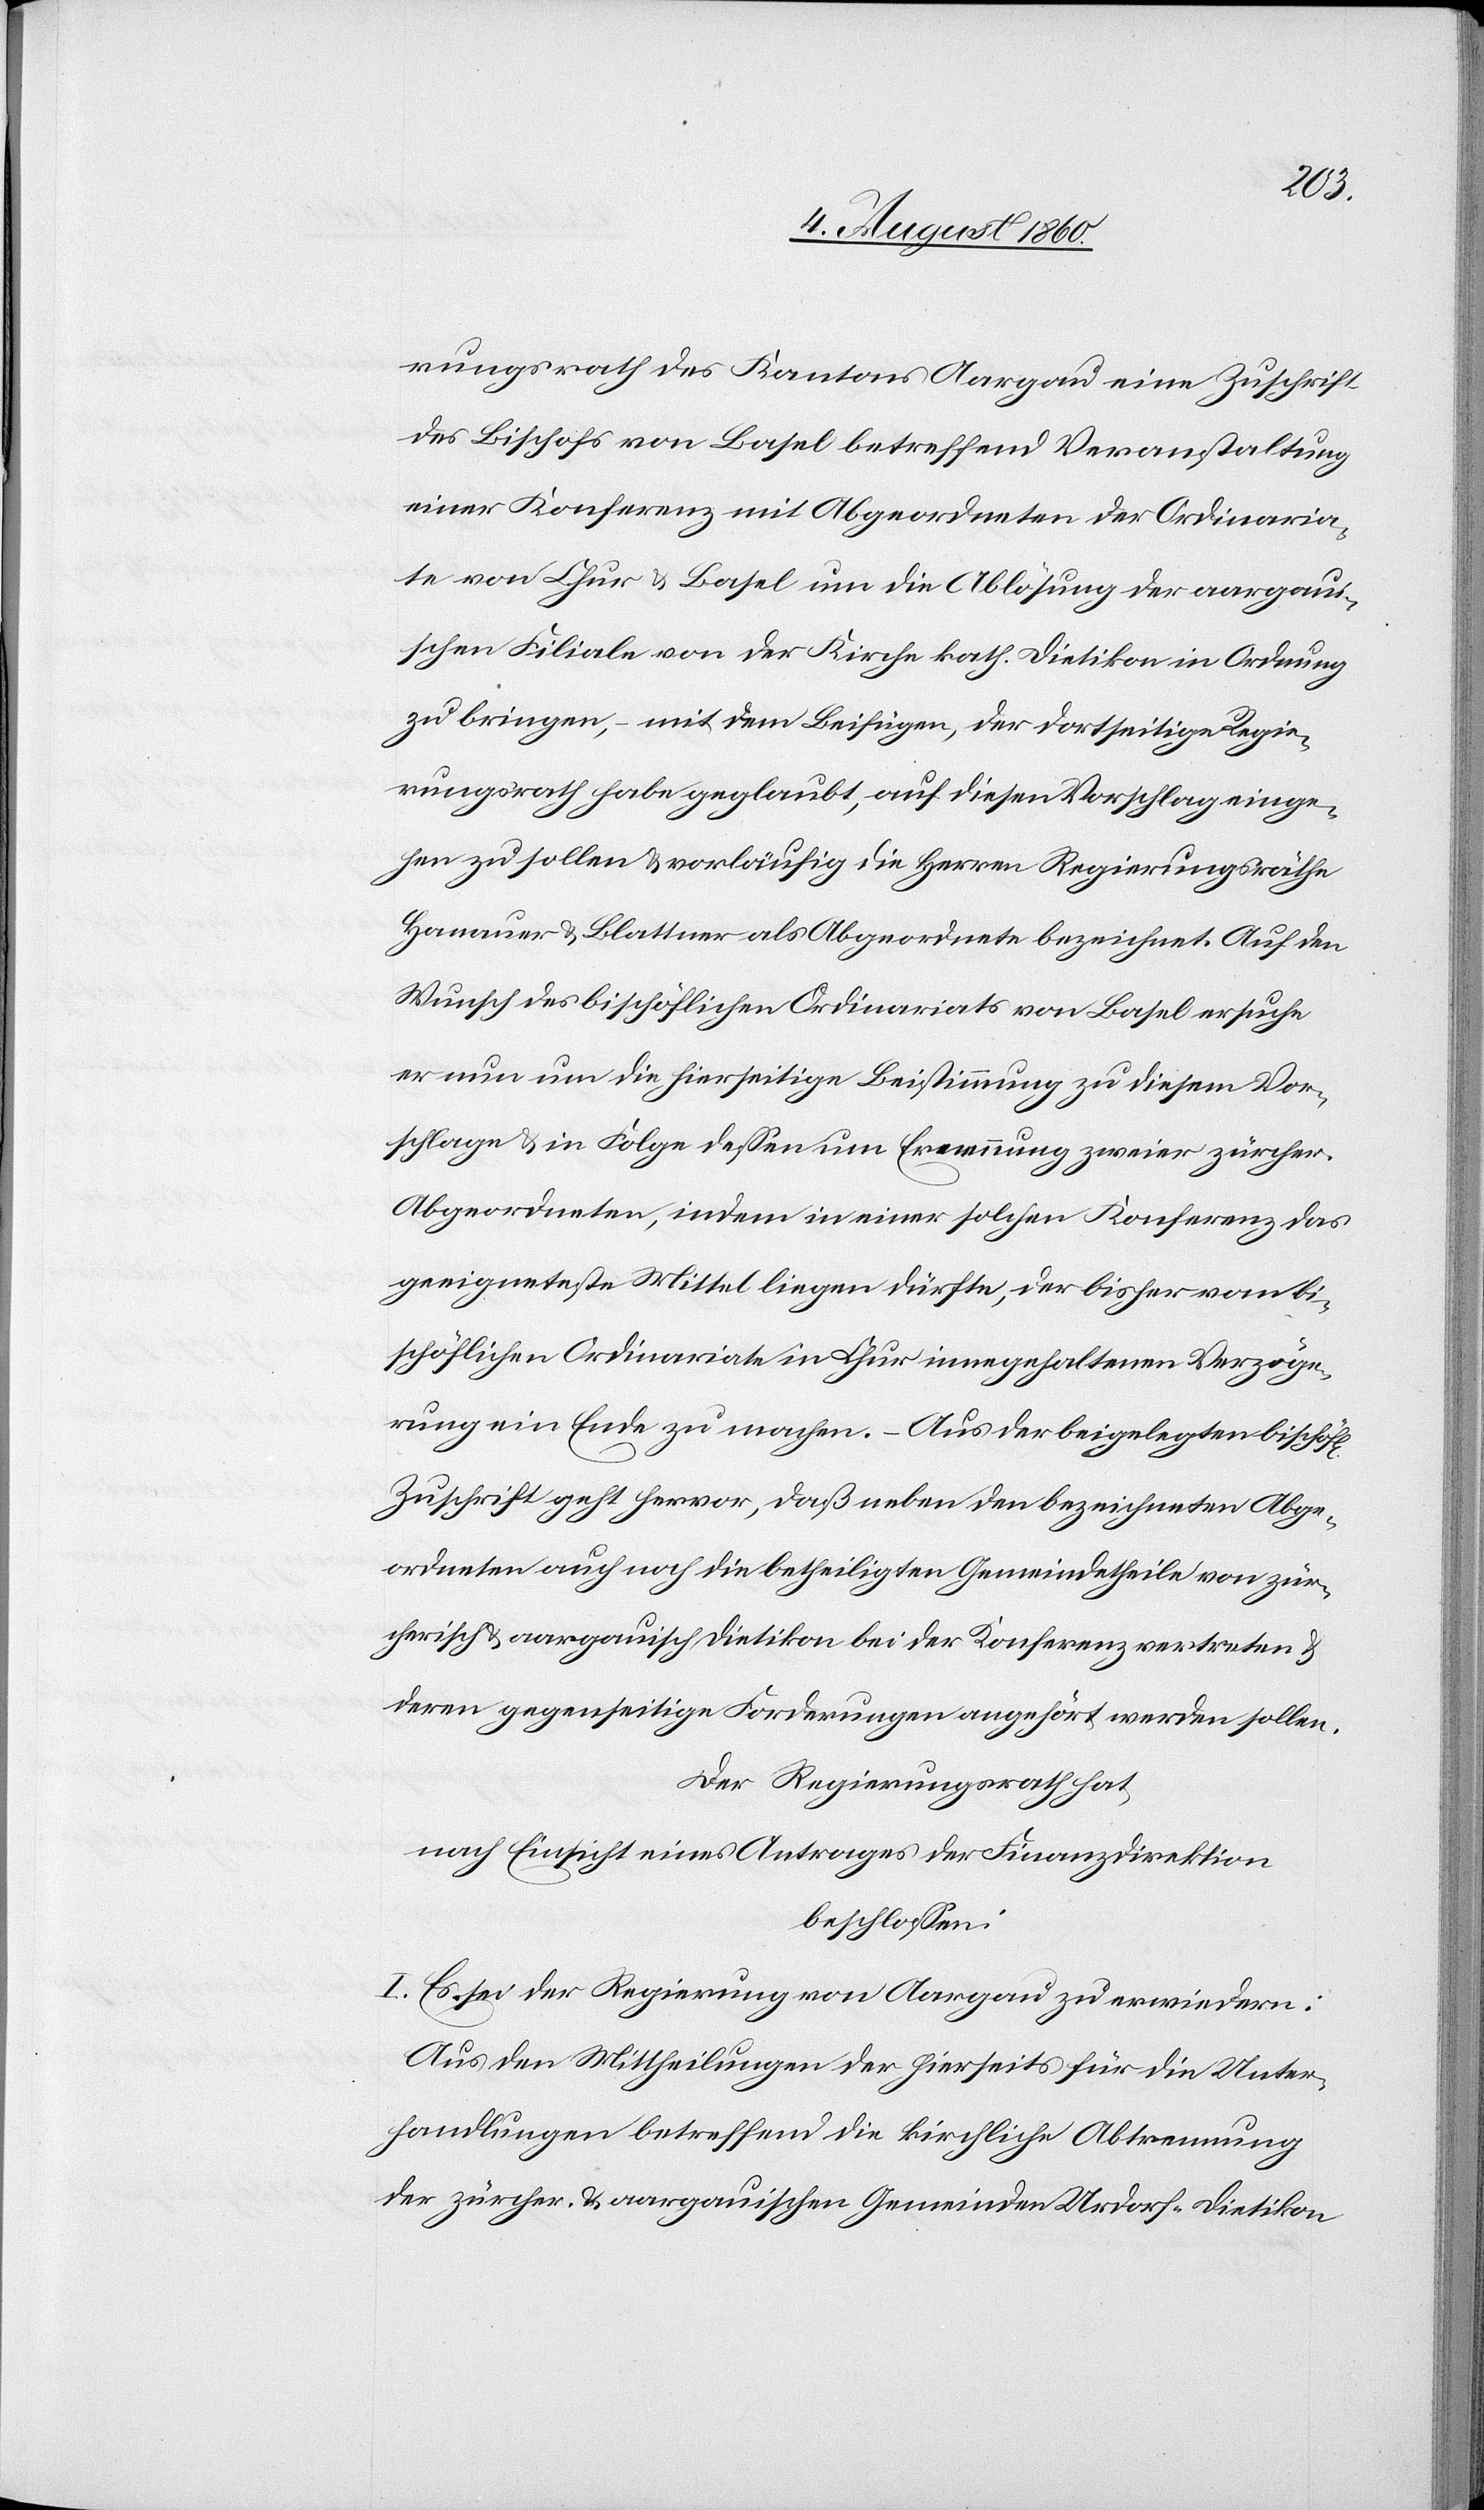
lichen
rungsrath des Kantons Aargau eine Zuschrift
des Bischofs von Basel betreffend Veranstaltung
einer Konferenz mit Abgeordneten der Ordinaria¬
te von Chur u. Basel und die Ablösung der aargau¬
ischen Filiale von der Kirche kath. Dietikon in Ordnung
zu bringen, mit dem Beifügen, der dortseitigen Regie¬
rungsrath habe geglaubt, auf diesen Vorschlag einge¬
hen zu sollen und vorläufig die Herren Regierungsräthe
Hanauer und Blattner als Abgeordnete bezeichnet. Auf den
Wunsch des bischöflichen Ordinariats von Basel ersuche
er nun um die hierseitige Beistimmung zu diesem Vor¬
schlage und in Folge dessen um Ernennung zweier zürch.
Abgeordneten, indem in einer solchen Konferenz das
geeigneteste Mittel liegen dürfte, der bisher vom bi¬
schöflichen Ordinariate in Chur innegehaltenen Verzöge¬
rung ein Ende zu mache. – Aus der beigelegten bischöf¬
Zuschrift geht hervor, dass neben den bezeichneten Abge¬
ordneten auch noch die betheiligten Gemeindetheile von zür¬
cherisch. u. aargauisch Dietikon bei der Konferenz vertreten und
deren gegenseitige Forderungen angehört werden sollen.
Der Regierungsrath hat,
nach Einsicht eines Antrages der Finanzdirektion
beschlossen:
I. Es sei der Regierung von Aargau zu erwiedern:
Aus den Mittheilungen der hierseitigen für die Unter¬
handlungen betreffend die kirchliche Abtrennung
der zürch. u. aargauischen Gemeinden Urdorf-Dietikon